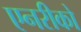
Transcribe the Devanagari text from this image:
एनरीको